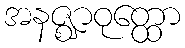
အနဇ္ဈာဝုတ္ထော